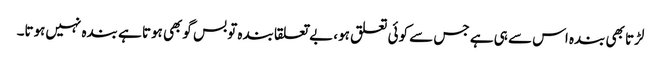
لڑتا بھی بندہ اس سے ہی ہے جس سے کوئی تعلق ہو، بے تعلقا بندہ تو بس گوبھی ہوتا ہے بندہ نہیں‌ہوتا۔